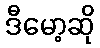
ဒီမော့ဆို